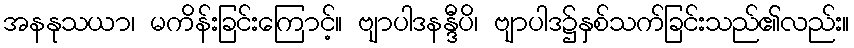
အနနုသယာ၊ မကိန်းခြင်းကြောင့်။ ဗျာပါဒနန္ဒီပိ၊ ဗျာပါဒ၌နှစ်သက်ခြင်းသည်၏လည်း။